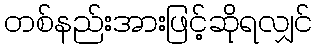
တစ်နည်းအားဖြင့်ဆိုရလျှင်